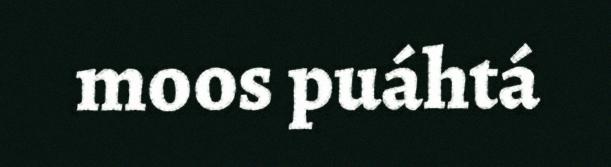
moos puáhtá